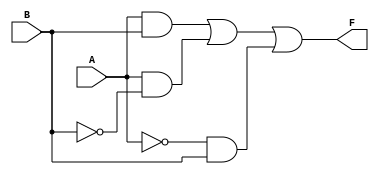
module kmap_2var (
    input wire A,  // Input variable A
    input wire B,  // Input variable B
    output wire F  // Output variable F
);

// Define the output F based on the K-map truth table
// The output can be defined as per the specific logic function
// For example, let's assume the following values for F based on the K-map:
// F0 = 0, F1 = 1, F2 = 1, F3 = 1 (which corresponds to A + B)
assign F = (A & B) | (A & ~B) | (~A & B);

endmodule